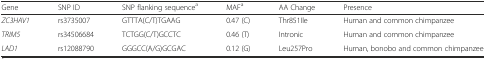
<table><thead><tr><td><b>Gene</b></td><td><b>SNP ID</b></td><td><b>SNP flanking sequence<sup>a</sup></b></td><td><b>MAF<sup>a</sup></b></td><td><b>AA Change</b></td><td><b>Presence</b></td></tr></thead><tbody><tr><td><i>ZC3HAV1</i></td><td>rs3735007</td><td>GTTTA(C/T)TGAAG</td><td>0.47 (C)</td><td>Thr851Ile</td><td>Human and common chimpanzee</td></tr><tr><td><i>TRIM5</i></td><td>rs34506684</td><td>TCTGG(C/T)GCCTC</td><td>0.46 (T)</td><td>Intronic</td><td>Human and common chimpanzee</td></tr><tr><td><i>LAD1</i></td><td>rs12088790</td><td>GGGCC(A/G)GCGAC</td><td>0.12 (G)</td><td>Leu257Pro</td><td>Human, bonobo and common chimpanzee</td></tr></tbody></table>